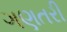
ગણતરી